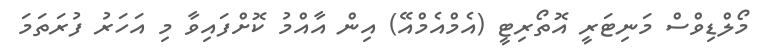
މޯލްޑިވްސް މަނިޓަރީ އޮތޯރިޓީ (އެމްއެމްއޭ) އިން އާއްމު ކޮށްފައިވާ މި އަހަރު ފުރަތަމަ